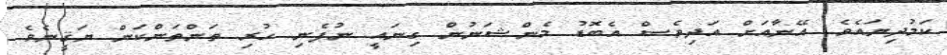
ކަމުދިޔައެވެ. އޭނާއަށް އަދިވެސް އެބޮޑު މެންޝަނުން ގިނައީ ނުފެނި ހުރި ތަންތަންކަން ޔަޤީނެވެ.